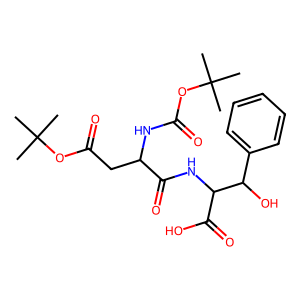
SMILES: CC(C)(C)OC(=O)CC(NC(=O)OC(C)(C)C)C(=O)NC(C(=O)O)C(O)c1ccccc1
Inhibits HIV replication: No